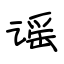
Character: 谣